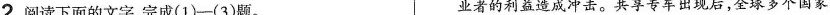
2阅读下面的文字，完成(1)—(3)题。 业者的利益造成冲击。共享专车出现后，全球多个国家